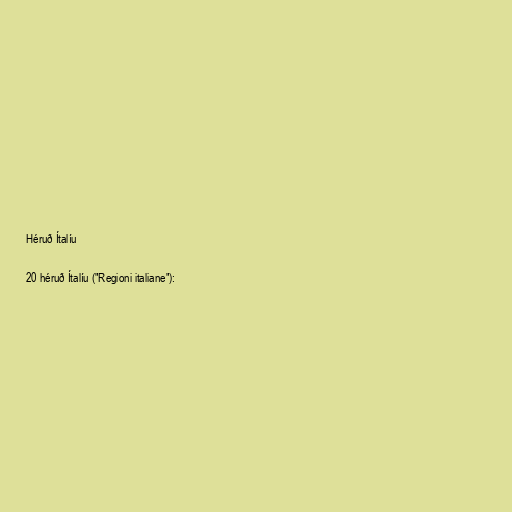
Héruð Ítalíu

20 héruð Ítalíu ("Regioni italiane"):